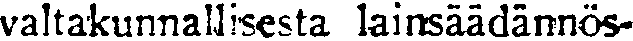
valtakunnallisesta laisäädännös-